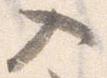
入